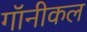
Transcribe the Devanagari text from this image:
गॉनीकल